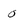
Character: 0